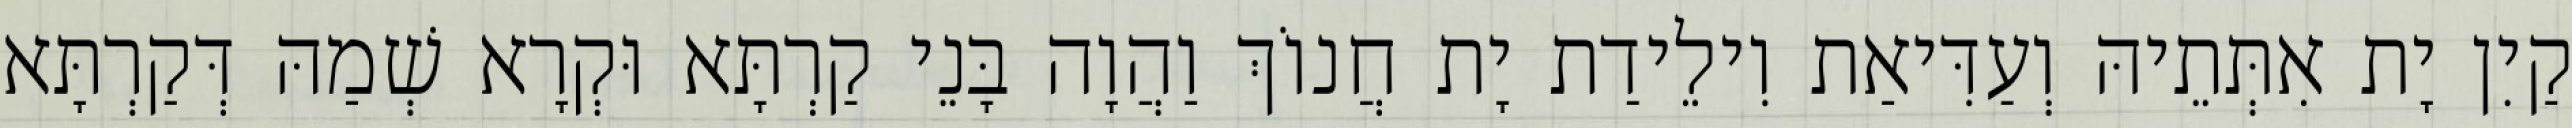
קַיִן יָת אִתְּתֵיהּ וְעַדִּיאַת וִילֵידַת יָת חֲנוֹךְ וַהֲוָה בָּנֵי קַרְתָּא וּקְרָא שְׁמַהּ דְּקַרְתָּא